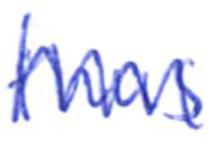
Text: thus
Cross-out: zig-zag
Writing tool: ballpoint